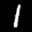
Label: 1